Vaccine operations Central Provinces & Berar 1912-1920 - 1912-1920
Year: 1912
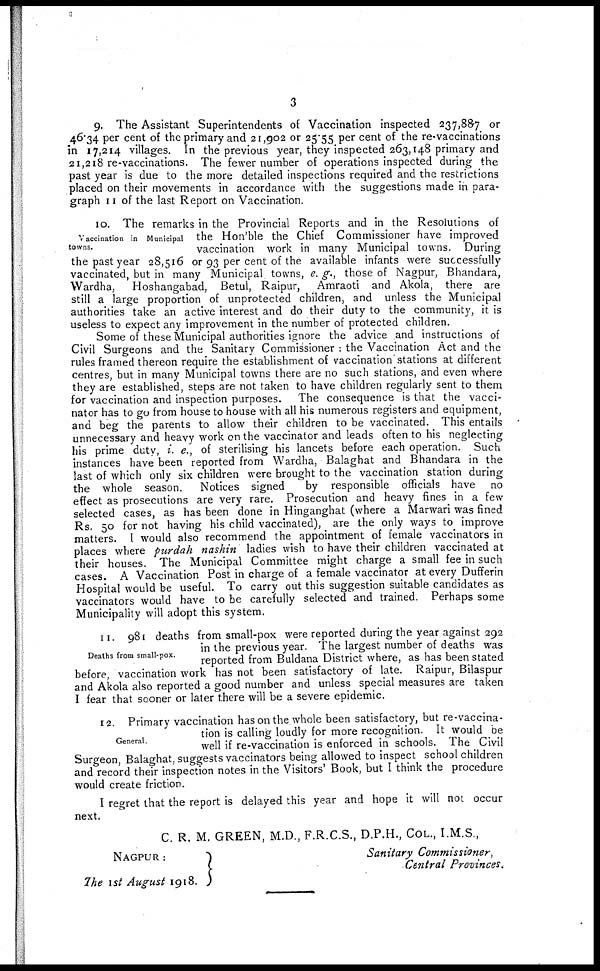
3
9. The Assistant Superintendents of Vaccination inspected 237,887 or
46.34 per cent of the primary and 21,902 or 25.55 per cent of the re-vaccinations
in 17,214 villages. In the previous year, they inspected 263,148 primary and
21,218 re-vaccinations. The fewer number of operations inspected during the
past year is due to the more detailed inspections required and the restrictions
placed on their movements in accordance with the suggestions made in para-
graph 11 of the last Report on Vaccination.
Vaccination in Municipal
towns.
10. The remarks in the Provincial Reports and in the Resolutions of
the Hon'ble the Chief Commissioner have improved
vaccination work in many Municipal towns. During
the past year 28,516 or 93 per cent of the available infants were successfully
vaccinated, but in many Municipal towns, e. g., those of Nagpur, Bhandara,
Wardha, Hoshangabad, Betul, Raipur, Amraoti and Akola, there are
still a large proportion of unprotected children, and unless the Municipal
authorities take an active interest and do their duty to the community, it is
useless to expect any improvement in the number of protected children.
Some of these Municipal authorities ignore the advice and instructions of
Civil Surgeons and the Sanitary Commissioner : the Vaccination Act and the
rules framed thereon require the establishment of vaccination stations at different
centres, but in many Municipal towns there are no such stations, and even where
they are established, steps are not taken to have children regularly sent to them
for vaccination and inspection purposes. The consequence is that the vacci-
nator has to go from house to house with all his numerous registers and equipment,
and beg the parents to allow their children to be vaccinated. This entails
unnecessary and heavy work on the vaccinator and leads often to his neglecting
his prime duty, i. e., of sterilising his lancets before each operation. Such
instances have been reported from Wardha, Balaghat and Bhandara in the
last of which only six children were brought to the vaccination station during
the whole season. Notices signed
by responsible officials have no
effect as prosecutions are very rare. Prosecution and heavy fines in a few
selected cases, as has been done in Hinganghat (where a Marwari was fined
Rs. 50 for not having his child vaccinated), are the only ways to improve
matters. I would also recommend the appointment of female vaccinators in
places where purdah nashin ladies wish to have their children vaccinated at
their houses. The Municipal Committee might charge a small fee in such
cases. A Vaccination Post in charge of a female vaccinator at every Dufferin
Hospital would be useful. To carry out this suggestion suitable candidates as
vaccinators would have to be carefully selected and trained. Perhaps some
Municipality will adopt this system.
Deaths from small-pox.
11. 981 deaths from small-pox were reported during the year against 292
in the previous year. The largest number of deaths was
reported from Buldana District where, as has been stated
before, vaccination work has not been satisfactory of late. Raipur, Bilaspur
and Akola also reported a good number and unless special measures are taken
I fear that sooner or later there will be a severe epidemic.
General.
12. Primary vaccination has on the whole been satisfactory, but re-vaccina¬
tion is calling loudly for more recognition. It would be
well if re-vaccination is enforced in schools. The Civil
Surgeon, Balaghat, suggests vaccinators being allowed to inspect school children
and record their inspection notes in the Visitors' Book, but I think the procedure
would create friction.
I regret that the report is delayed this year and hope it will not occur
next.
C. R. M. GREEN, M.D., F.R.C.S., D.P.H., COL., I.M.S.,
NAGPUR:
The 1st August 1918.
Sanitary Commissioner,
Central Provinces.